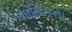
નાસિકના